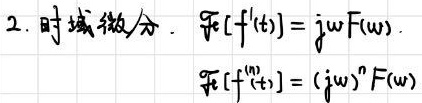
2. 时域微分. $\mathcal{F}[f'(t)] = j\omega F(\omega)$.
$\mathcal{F}[f^{(n)}(t)] = (j\omega)^n F(\omega)$